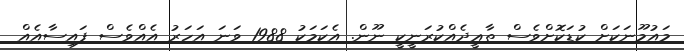
މައުމޫނަކަށް ކުޑަކޮށްވެސް ތާޢީދެއްކުރަނީކީ ނޫން. އެކަމަކު 1988 ވަނަ އަހަރު އެއްވެސް ފައިސާއެއް